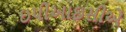
ઇપીઆઇસીએ